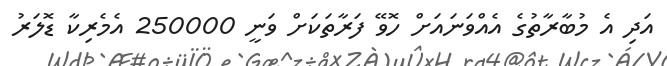
އަދި އެ މުބާރާތުގެ އެއްވަނައަށް ހޮވޭ ފަރާތަކަށް ވަނީ 250000 އެމެރިކާ ޑޮލަރު